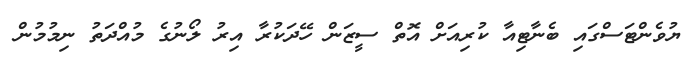
ޔުވެންޓަސްގައި ބެނާޓިއާ ކުރިއަށް އޮތް ސީޒަން ހޭދަކުރާ އިރު ލޯނުގެ މުއްދަތު ނިމުމުން